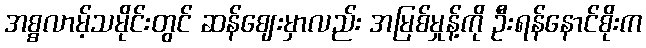
အစ္စလာမ့်သမိုင်းတွင် ဆန်ဈေးမှာလည်း အမြစ်မှုန့်ကို ဦးရန်နောင်စိုးက